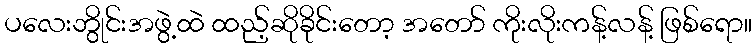
ပလေးဘွိုင်းအဖွဲ့ထဲ ထည့်ဆိုခိုင်းတော့ အတော် ကိုးလိုးကန့်လန့် ဖြစ်ရော။